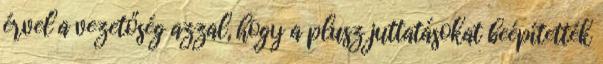
érvel a vezetőség azzal, hogy a plusz juttatásokat beépítették